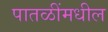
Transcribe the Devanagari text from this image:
पातळींमधील